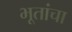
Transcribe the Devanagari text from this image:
भूतांचा